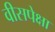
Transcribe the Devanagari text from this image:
वीसपेक्षा